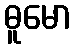
ဓူမော